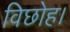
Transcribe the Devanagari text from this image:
विछोह।